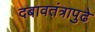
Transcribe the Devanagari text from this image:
दबावतंत्रापुढे